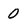
Character: 0